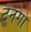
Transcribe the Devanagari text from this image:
टेनगा